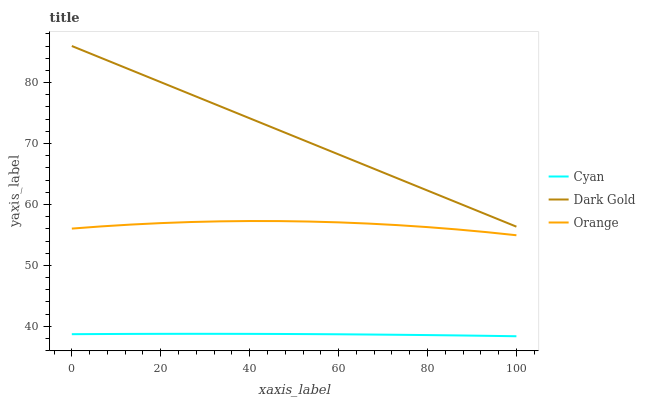
| xaxis_label | Cyan | Dark Gold | Orange |
 | --- | --- | --- | --- |
 | 0 | 38.7 | 86 | 56 |
 | 6.67 | 38.7 | 84 | 56.4 |
 | 13.3 | 38.8 | 82 | 56.7 |
 | 20 | 38.8 | 80.1 | 56.9 |
 | 26.7 | 38.8 | 78.1 | 57.1 |
 | 33.3 | 38.8 | 76.1 | 57.2 |
 | 40 | 38.8 | 74.1 | 57.3 |
 | 46.7 | 38.7 | 72.2 | 57.3 |
 | 53.3 | 38.7 | 70.2 | 57.2 |
 | 60 | 38.7 | 68.2 | 57.1 |
 | 66.7 | 38.7 | 66.2 | 56.9 |
 | 73.3 | 38.6 | 64.3 | 56.6 |
 | 80 | 38.6 | 62.3 | 56.3 |
 | 86.7 | 38.5 | 60.3 | 55.9 |
 | 93.3 | 38.4 | 58.3 | 55.5 |
 | 100 | 38.4 | 56.4 | 54.9 |